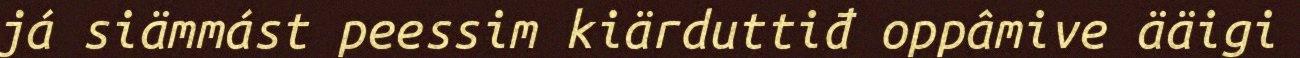
já siämmást peessim kiärduttiđ oppâmive ääigi